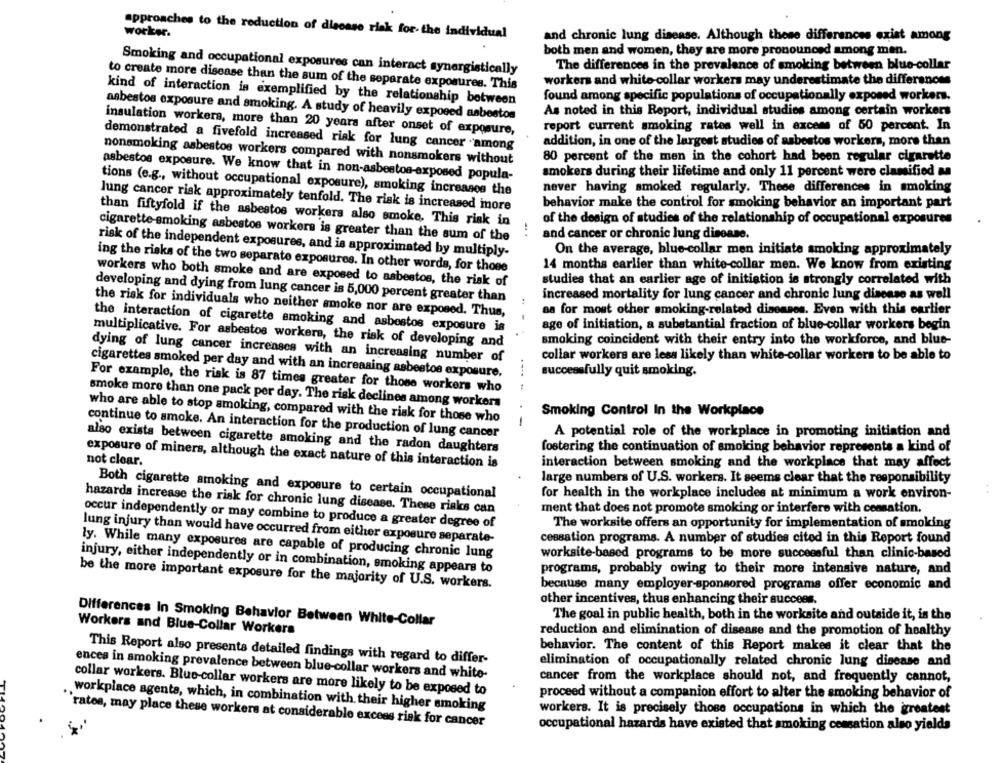
approaches to the reduction of disease risk for- the individual
worker.
and chronic lung disease. Although these differences exist among
both men and women, they are more pronounced among men.
The differences in the prevalence of smoking between blue-collar
Smoking and occupational exposures can interact synergistically
workers and white-collar workers may underestimate the differences
to create more disease than the sum of the separate exposures. This
found among specific populations of occupationally exposed workers.
kind of interaction is exemplified by the relationship between
As noted in this Report, individual studies among certain workers
asbestos exposure and smoking. A study of heavily exposed asbestos
report current smoking rates well in excess of 50 percent. In
insulation workers, more than 20 years after onset of exposure,
addition, in one of the largest studies of asbestos workers, more than
demonstrated a fivefold increased risk for lung cancer -among
80 percent of the men in the cohort had been regular cigarette
nonsmoking asbestos workers compared with nonsmokers without
smokers during their lifetime and only 11 percent were classified M
asbestos exposure. We know that in non-asbestos-exposed popula-
tions (e.g ., without occupational exposure), smoking increases the
never having smoked regularly. These differences in smoking
lung cancer risk approximately tenfold. The risk is increased more
behavior make the control for smoking behavior an important part
of the design of studies of the relationship of occupational exposures
than fiftyfold if the asbestos workers also smoke. This risk in
and cancer or chronic lung disease.
cigarette smoking asbestos workers is greater than the sum of the
On the average, blue-collar men initiate smoking approximately
risk of the independent exposures, and is approximated by multiply-
14 months earlier than white-collar men. We know from existing
ing the risks of the two separate exposures. In other words, for those
workers who both smoke and are exposed to asbestos, the risk of
studies that an earlier age of initiation is strongly correlated with
developing and dying from lung cancer is 5,000 percent greater than
increased mortality for lung cancer and chronic lung disease as well
the risk for individuals who neither smoke nor are exposed. Thus,
as for most other smoking-related diseases. Even with this earlier
the interaction of cigarette smoking and asbestos exposure is
age of initiation, a substantial fraction of blue-collar workers begin
multiplicative. For asbestos workers, the risk of developing and
smoking coincident with their entry into the workforce, and blue-
dying of lung cancer increases with an increasing number of
collar workers are less likely than white-collar workers to be able to
cigarettes smoked per day and with an increasing asbestos exposure.
successfully quit smoking.
.... .
For example, the risk is 87 times greater for those workers who
smoke more than one pack per day. The risk declines among workers
Smoking Control In the Workplace
who are able to stop smoking, compared with the risk for those who
continue to smoke. An interaction for the production of lung cancer
A potential role of the workplace in promoting initiation and
also exista between cigarette smoking and the radon daughters
fostering the continuation of smoking behavior represents a kind of
exposure of miners, although the exact nature of this interaction is
not clear.
interaction between smoking and the workplace that may affect
large numbers of U.S. workers. It seems clear that the responsibility
Both cigarette smoking and exposure to certain occupational
for health in the workplace includes at minimum a work environ-
hazards increase the risk for chronic lung disease. These risks can
ment that does not promote smoking or interfere with cessation.
occur independently or may combine to produce a greater degree of
The worksite offers an opportunity for implementation of smoking
lung injury than would have occurred from either exposure separate-
cessation programs. A number of studies cited in this Report found
ly. While many exposures are capable of producing chronic lung
worksite-based programs to be more successful than clinic-based
injury, either independently or in combination, smoking appears to
programs, probably owing to their more intensive nature, and
be the more important exposure for the majority of U.S. workers.
because many employer-sponsored programs offer economic and
other incentives, thus enhancing their success.
The goal in public health, both in the worksite and outside it, is the
Differences in Smoking Behavior Between White-Collar
Workers and Blue-Collar Workers
reduction and elimination of disease and the promotion of healthy
behavior. The content of this Report makes it clear that the
This Report also presents detailed findings with regard to differ-
elimination of occupationally related chronic lung disease and
encea in smoking prevalence between blue-collar workers and white-
cancer from the workplace should not, and frequently cannot,
collar workers. Blue-collar workers are more likely to be exposed to
proceed without a companion effort to alter the smoking behavior of
workplace agente, which, in combination with their higher smoking
workers. It is precisely those occupations in which the greatest
"rates, may place these workers at considerable excess risk for cancer
occupational hazards have existed that smoking cessation also yields